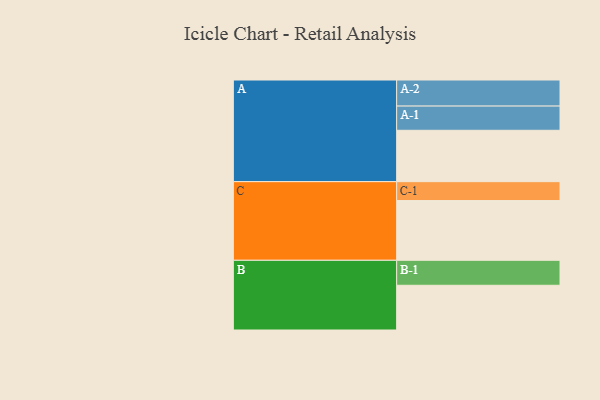
{"axis": {"x": "Segment", "y": "Value"}, "legend": ["", "A", "B", "C"], "data": [{"x": "A", "y": 471, "type": ""}, {"x": "B", "y": 410, "type": ""}, {"x": "C", "y": 548, "type": ""}, {"x": "A-1", "y": 222, "type": "A"}, {"x": "A-2", "y": 239, "type": "A"}, {"x": "B-1", "y": 229, "type": "B"}, {"x": "C-1", "y": 173, "type": "C"}]}